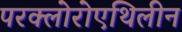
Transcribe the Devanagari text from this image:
परक्लोरोएथिलीन